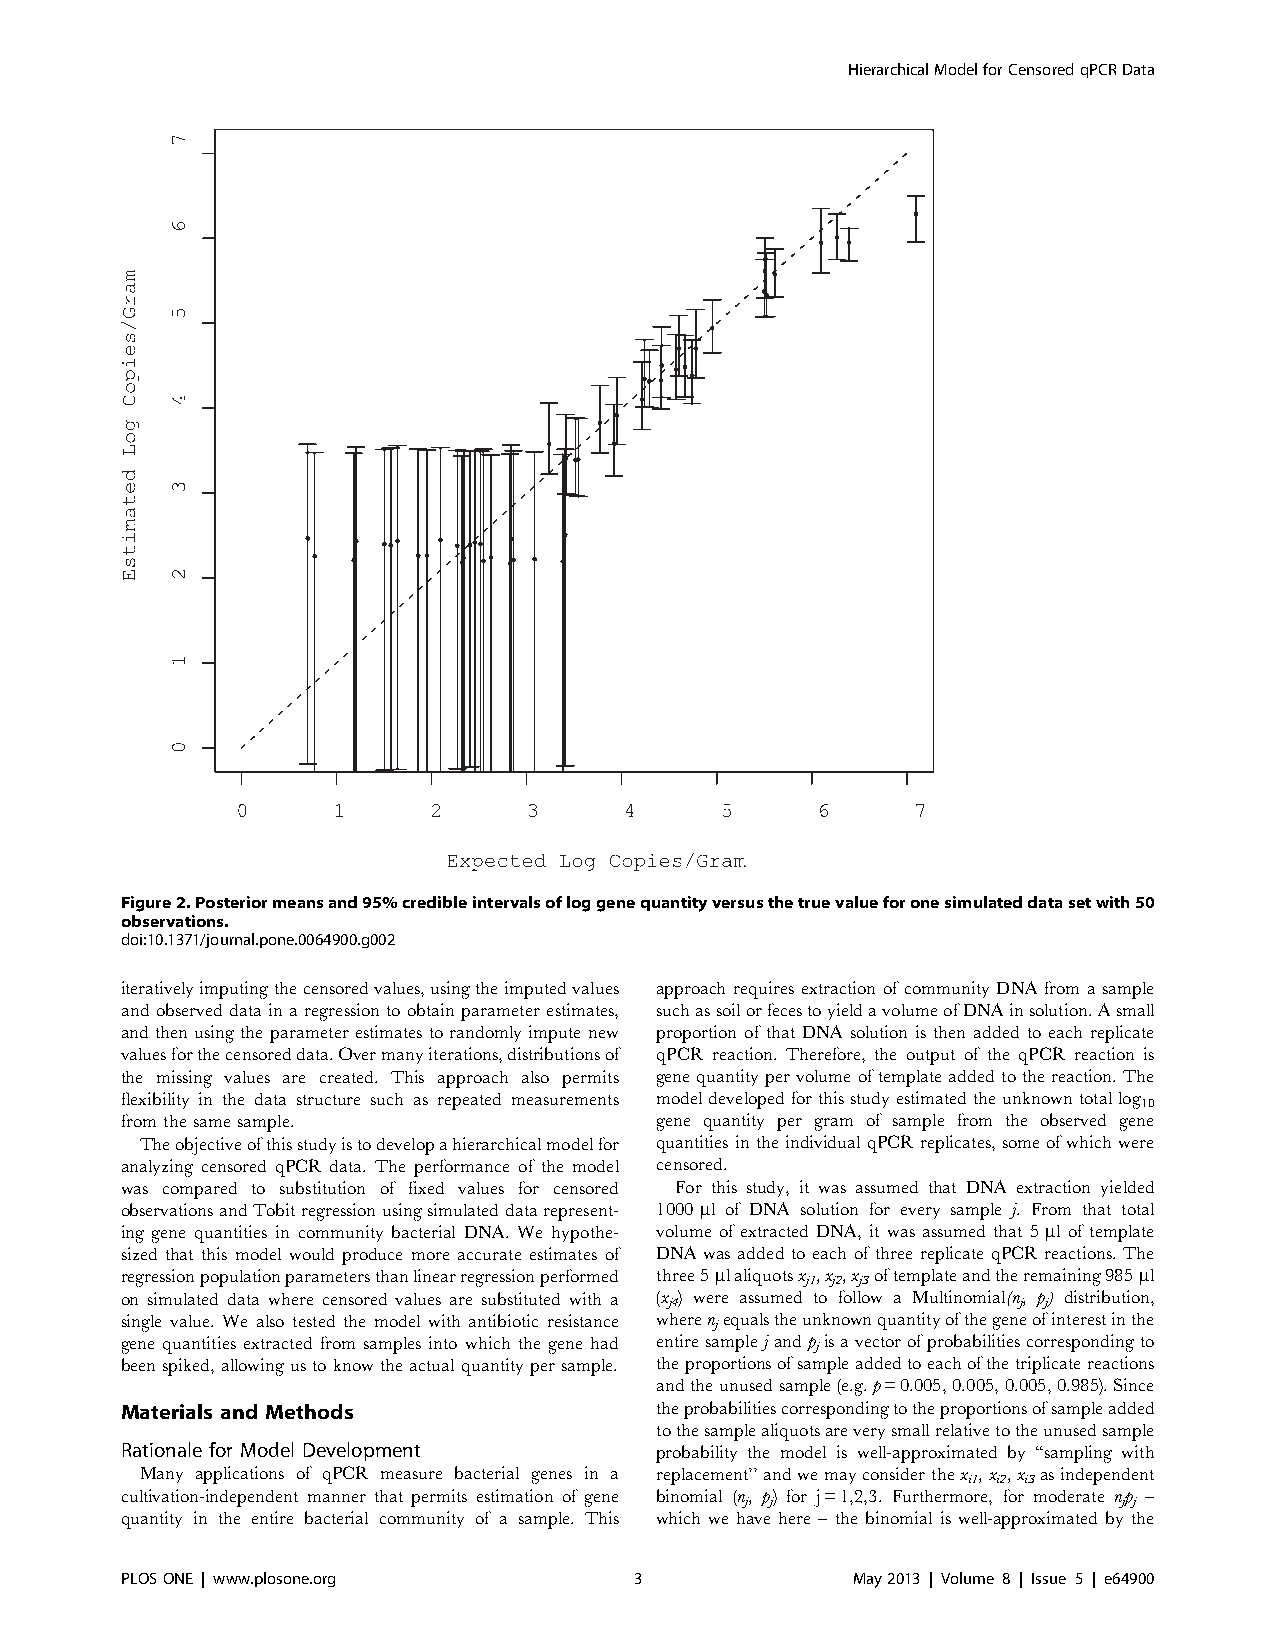
HierarchicalModelforCensoredqPCRData
 Figure2.Posteriormeansand95%credibleintervalsofloggenequantityversusthetruevalueforonesimulateddatasetwith50
 observations.
 doi:10.1371/journal.pone.0064900.g002
 iterativelyimputingthecensoredvalues,usingtheimputedvalues approach requires extraction of community DNA from a sample
 and observed data in a regression to obtain parameter estimates, suchassoilorfecestoyieldavolumeofDNAinsolution.Asmall
 and then using the parameter estimates to randomly impute new proportion of that DNA solution is then added to each replicate
 valuesforthecensoreddata.Overmanyiterations,distributionsof qPCR reaction. Therefore, the output of the qPCR reaction is
 the missing values are created. This approach also permits genequantitypervolumeoftemplateaddedtothereaction.The
 flexibility in the data structure such as repeated measurements modeldevelopedforthisstudyestimatedtheunknowntotallog
 10
 fromthesame sample.                gene quantity per gram of sample from the observed gene
 Theobjectiveofthisstudyistodevelopahierarchicalmodelfor quantities intheindividual qPCR replicates,someof whichwere
 analyzing censored qPCR data. The performance of the model censored.
 was compared to substitution of fixed values for censored For this study, it was assumed that DNA extraction yielded
 observationsandTobitregressionusingsimulateddatarepresent- 1000ml of DNA solution for every sample j. From that total
 ing gene quantities in community bacterial DNA. We hypothe- volume of extracted DNA, it was assumed that 5ml of template
 sized that this model would produce more accurate estimates of DNA was added to each of three replicate qPCR reactions. The
 regressionpopulationparametersthanlinearregressionperformed three5 mlaliquotsx ,x ,x oftemplateandtheremaining985ml
 j1 j2 j3
 on simulated data where censored values are substituted with a (x ) were assumed to follow a Multinomial(n, p) distribution,
 j4                     j j
 single value. We also tested the model with antibiotic resistance wheren jequalstheunknownquantityofthegeneofinterestinthe
 gene quantities extracted from samples into which the gene had entiresamplejandp jisavectorofprobabilitiescorrespondingto
 been spiked, allowingus toknowtheactual quantity per sample. theproportionsofsampleaddedtoeachofthetriplicatereactions
 andtheunusedsample(e.g.p=0.005,0.005,0.005,0.985).Since
 Materials and Methods              theprobabilitiescorrespondingtotheproportionsofsampleadded
 tothesamplealiquotsareverysmallrelativetotheunusedsample
 Rationale for Model Development    probability the model is well-approximated by ‘‘sampling with
 Many applications of qPCR measure bacterial genes in a replacement’’andwemayconsiderthex ,x ,x asindependent
 i1 i2 i3
 cultivation-independent manner that permits estimation of gene binomial (n, p) for j=1,2,3. Furthermore, for moderate np –
 j j                      j j
 quantity in the entire bacterial community of a sample. This which we have here – the binomial is well-approximated by the
 PLOSONE | www.plosone.org         3             May2013 | Volume 8 | Issue 5 | e64900